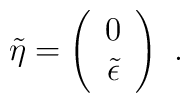
\tilde{\eta} = \left(               \begin{array}{c} 0 \\ \tilde{\epsilon} \end{array}       \right) ~.